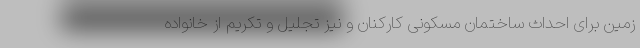
زمین برای احداث ساختمان مسکونی کارکنان و نیز تجلیل و تکریم از خانواده